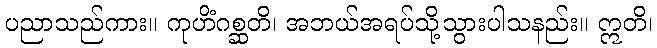
ပညာသည်ကား။ ကုဟိံဂစ္ဆတိ၊ အဘယ်အရပ်သို့သွားပါသနည်း။ ဣတိ၊